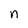
Character: n